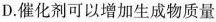
D.催化剂可以增加生成物质量